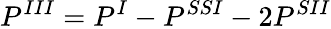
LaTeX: P^{III}=P^{I}-P^{SSI}-2P^{SII}